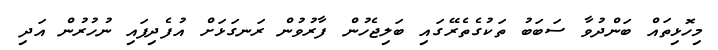
މިހޮޅިތައް ބަންދުވާ ސަބަބު ތަކުގެތެރޭގައި ބަލިޖެހުން ފާރުވުން ރަނގަޅަށް އުފެދިފައި ނުހުރުން އަދި